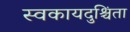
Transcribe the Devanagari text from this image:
स्वकायदुश्चिंता